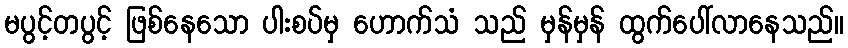
မပွင့်တပွင့် ဖြစ်နေသော ပါးစပ်မှ ဟောက်သံ သည် မှန်မှန် ထွက်ပေါ်လာနေသည်။